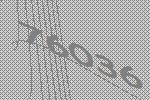
76036